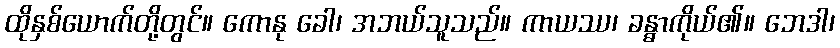
ထိုနှစ်ယောက်တို့တွင်။ ကောနု ခေါ၊ အဘယ်သူသည်။ ကာယဿ၊ ခန္ဓာကိုယ်၏။ ဘေဒါ၊